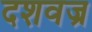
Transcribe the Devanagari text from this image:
दशवज्र